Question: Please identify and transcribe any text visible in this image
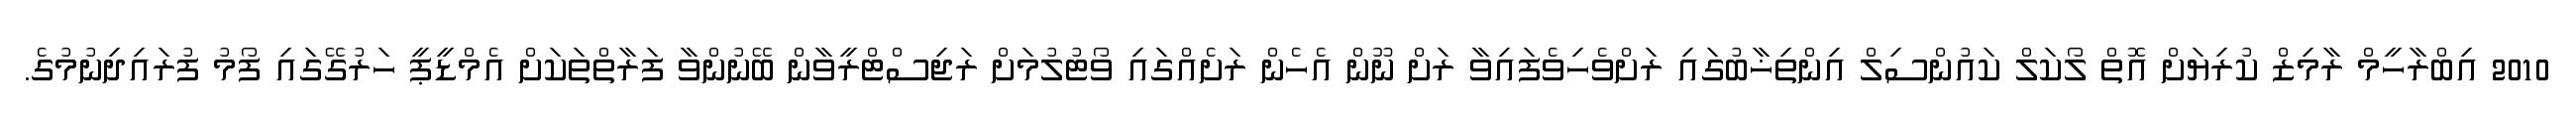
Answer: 2010 އިބްރާހީމް ރާމިޒް ކުރިޔަށް އޮތް ލޯކަލް ކައުންސިލް އިންތިޚާބުގައި ރަށްވެހިވެފައިވާ ރަށް ނޫން އެހެން ރަށެއްގައި ވޯޓުލުމަށް ރަޖިސްޓްރީވާން ބޭނުންވާ ފަރާތްތަކަށް އެމްޑީޕީ ހަރުގޭގައި ފޯމު ފުރައިދިނުމުގެ.